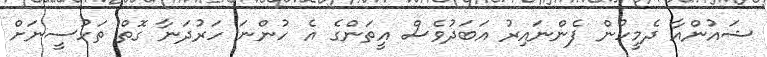
ޝައުންއާ ދެމީހުން ފެންނައިރު އަބަދުވެސް އީތަންގެ އެ ހުންނަ ހަރުދަނާ ގޮތް ތަހުސީނަށް